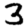
Digit: 3